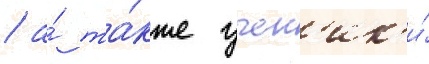
/ а́ та́кже учен'ик'и́